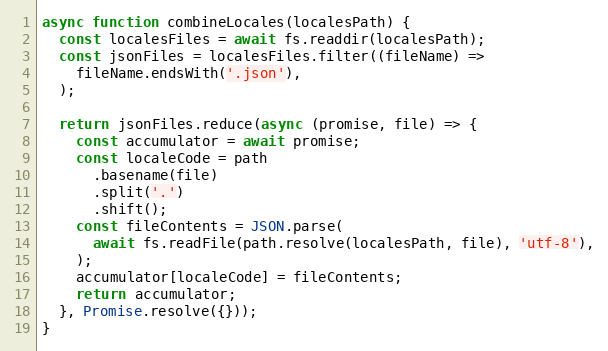
Language: JavaScript
async function combineLocales(localesPath) {
  const localesFiles = await fs.readdir(localesPath);
  const jsonFiles = localesFiles.filter((fileName) =>
    fileName.endsWith('.json'),
  );

  return jsonFiles.reduce(async (promise, file) => {
    const accumulator = await promise;
    const localeCode = path
      .basename(file)
      .split('.')
      .shift();
    const fileContents = JSON.parse(
      await fs.readFile(path.resolve(localesPath, file), 'utf-8'),
    );
    accumulator[localeCode] = fileContents;
    return accumulator;
  }, Promise.resolve({}));
}